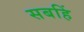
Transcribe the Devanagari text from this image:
सबहिं